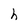
Character: h